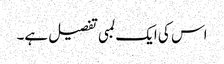
اس کی ایک لمبی تفصیل ہے۔